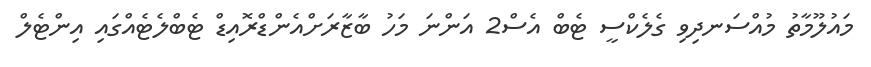
މައުލޫމާތު މުއްސަނދިވި ގެލެކްސީ ޓެބް އެސް2 އަންނަ މަހު ބާޒާރަށްއެންޑްރޮއިޑް ޓެބްލެޓެއްގައި އިންޓެލް